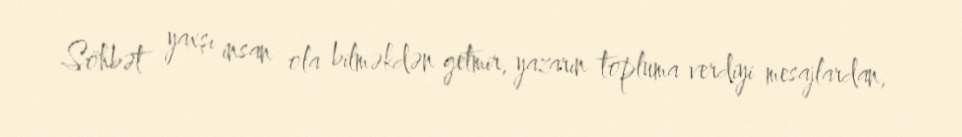
Söhbət yaxşı insan ola bilməkdən getmir, yazarın topluma verdiyi mesajlardan,